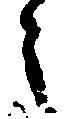
う